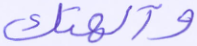
وآلهتك